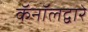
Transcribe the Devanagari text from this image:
कॅनॉलद्वारे